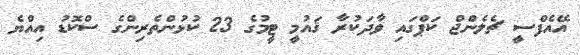
އޭއެފްސީ ޗެލެންޖް ކަޕްގައި ވާދަކުރާ ޤައުމީ ޓީމުގެ 23 ކުޅުންތެރިންގެ ސްކޮޑު އިއްޔެ